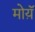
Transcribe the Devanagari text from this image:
मोय़ॅ